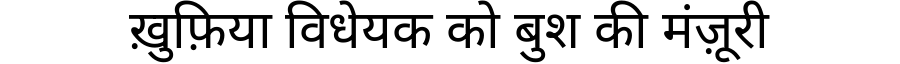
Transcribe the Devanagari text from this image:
ख़ुफ़िया विधेयक को बुश की मंज़ूरी